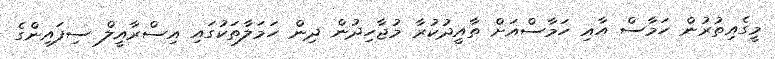
މީގެއިތުރުން ހަމާސް އާއި ހަމާސްއަށް ތާއީދުކުރާ މުޖާހިދުން ދިން ހަމަލާތަކުގައި އިސްރާއީލް ސިފައިންގެ